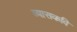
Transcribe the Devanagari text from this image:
व्यासकवि